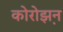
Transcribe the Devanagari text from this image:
कोरोझ़न